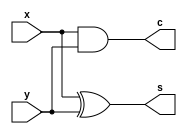
module half_adder_structural(x, y, s, c);
    input x, y;
    output s, c;

    xor (s, x, y);
    and (c, x, y);
endmodule